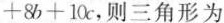
+ 8 b + 1 0 c$$，则三角形为